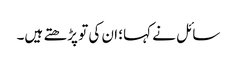
سائل نے کہا؛ ان کی تو پڑھتے ہیں۔